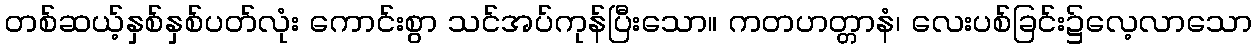
တစ်ဆယ့်နှစ်နှစ်ပတ်လုံး ကောင်းစွာ သင်အပ်ကုန်ပြီးသော။ ကတဟတ္တာနံ၊ လေးပစ်ခြင်း၌လေ့လာသော